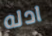
ادله